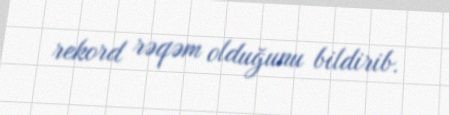
rekord rəqəm olduğunu bildirib.